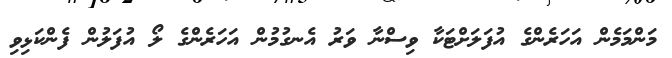
މަންމަމެން އަހަރެންގެ އުފަލަށްޓަކާ ވިސްނާ ވަރު އެނގުމުން އަހަރެންގެ ލޯ އުފަލުން ފެންކަޅިވި